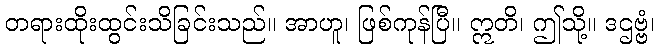
တရားထိုးထွင်းသိခြင်းသည်။ အာဟူ၊ ဖြစ်ကုန်ပြီ။ ဣတိ၊ ဤသို့။ ဒဌဗ္ဗံ၊